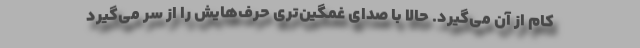
کام از آن می‌گیرد. حالا با صدای غمگین‌تری حرف‌هایش را از سر می‌گیرد